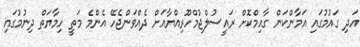
އަދި ގައުމުގައި އަމާންކަން ގާއިމްކޮށް ރައީސުލްޖުމްހޫރިއްޔާއަށް ދެއްވަންޖެހޭ އެންމެ މަތީ ހިމާޔަތް ދިނުމުގައި